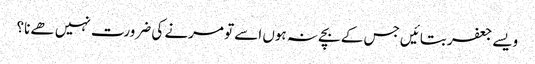
ویسے جعفر بتائیں جس کے بچے نہ ہوں اسے تو مرنے کی ضرورت نہیں ھے نا؟